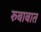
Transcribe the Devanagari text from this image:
रुबाबात